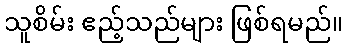
သူစိမ်း ဧည့်သည်များ ဖြစ်ရမည်။